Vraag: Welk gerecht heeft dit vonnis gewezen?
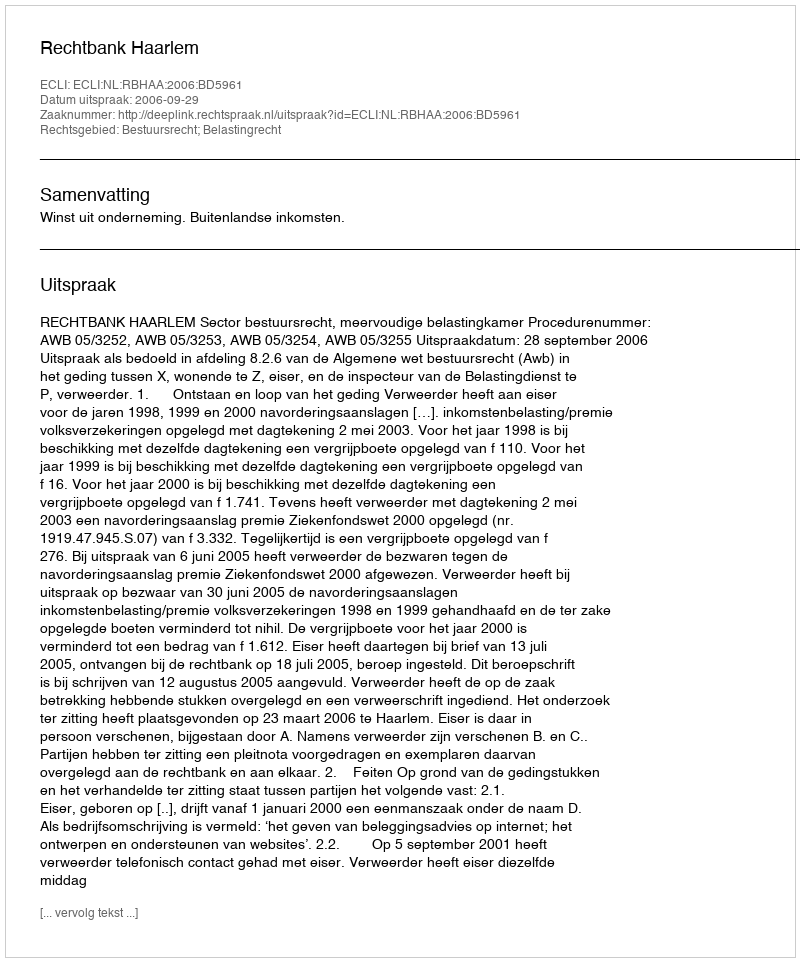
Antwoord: Rechtbank Haarlem